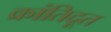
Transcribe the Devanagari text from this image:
क्रांतिदूत